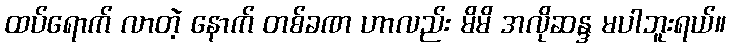
ထပ်ရောက် လာတဲ့ နောက် တစ်ခဏ ဟာလည်း မိမိ အလိုဆန္ဒ မပါဘူးရယ်။